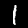
Digit: 1